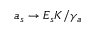
a _ { s } \rightarrow E _ { s } K / \gamma _ { a }